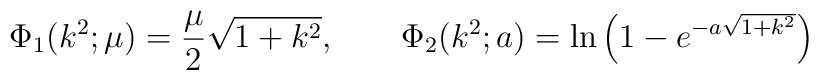
\Phi_1(k^2;\mu)=\frac{\mu}{2}\sqrt{1+k^2}, \qquad\Phi_2(k^2;a)=\ln\left(1-e^{-a\sqrt{1+k^2}}\right)